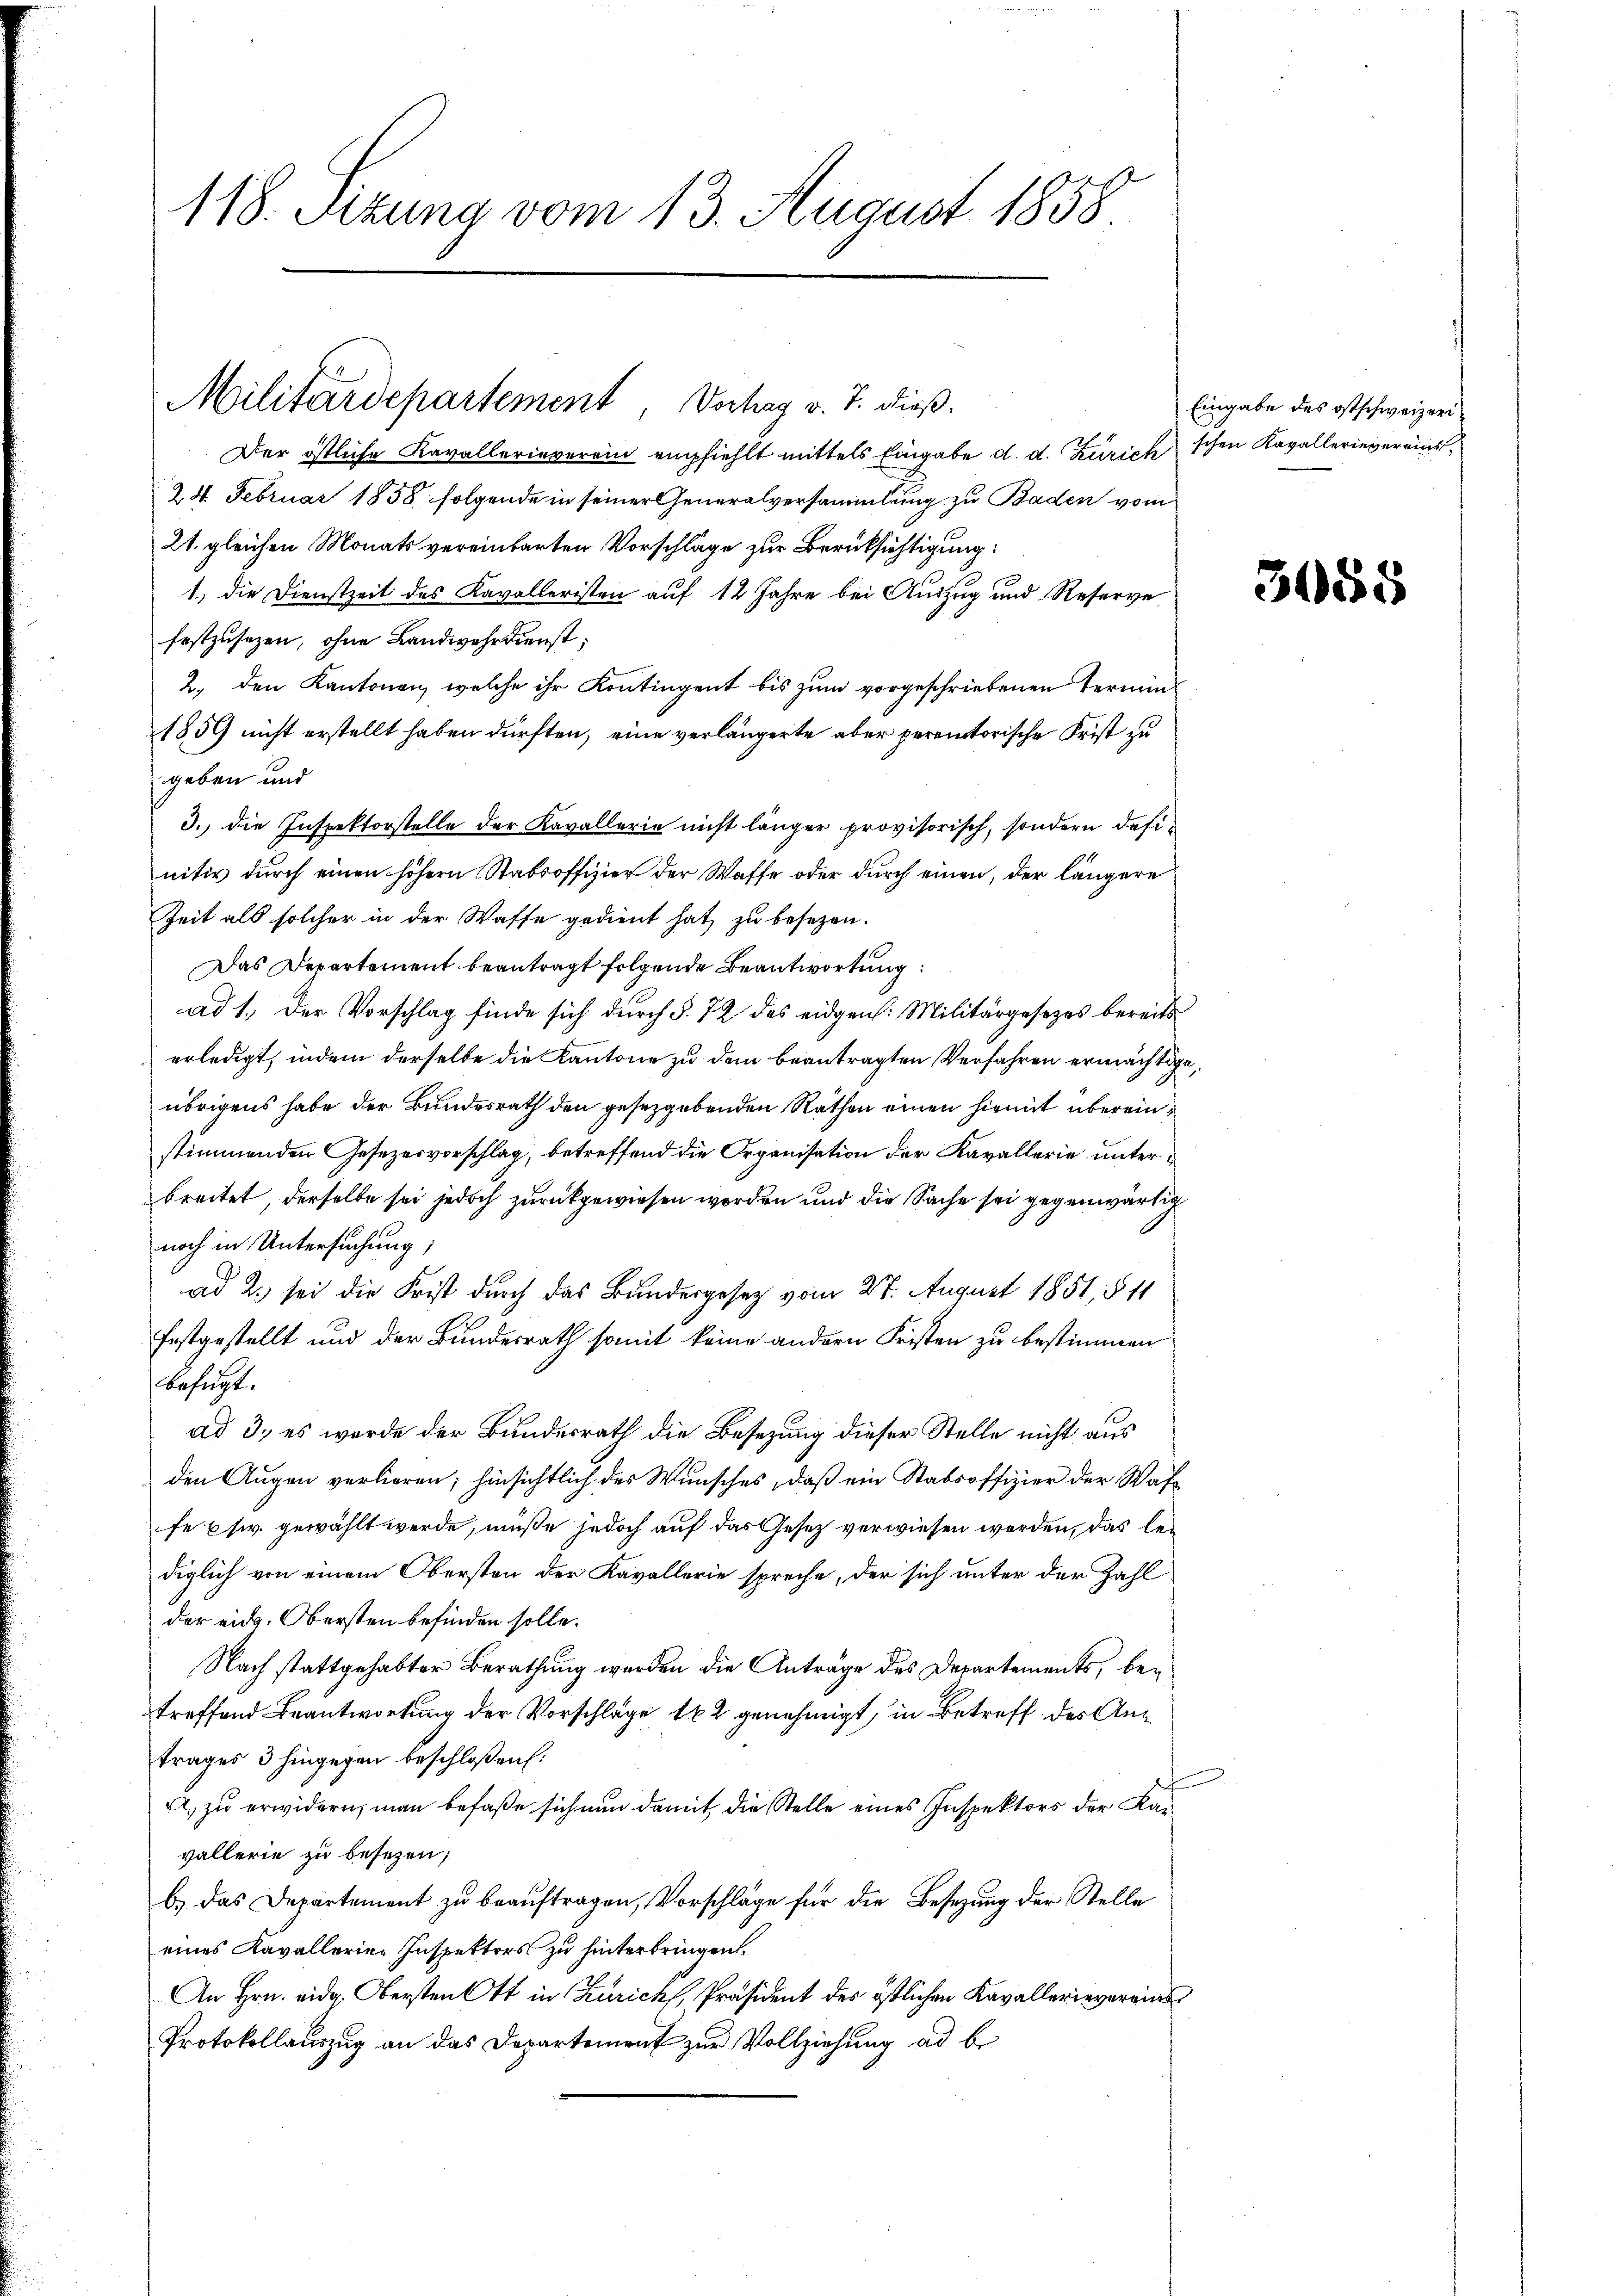
118. Sitzung vom 13. August 1858

Der östliche Kavallerieverein empfiehlt mittels Eingabe d. d. Zürich schen Kavallerievereins¬
24. Februar 1858 folgende in seiner Generalversammlung zu Baden vom
21. gleichen Monats vereinbarten Vorschläge zur Berüksichtigung:
1., die Dienstzeit des Kavalleristen auf 12 Jahre bei Auszug und Reserve
festzusezen, ohne Landwehrdienst;
2. den Kantonen, welche ihr Kontingent bis zum vorgeschriebenen Termin¬
1859 nicht erstellt haben dürften, eine verlängerte aber peremtorische Frist zu
geben und
3. die Inspektorstelle der Kavallerie nicht länger provisorisch, sondern definitiv durch einen höhern Stabsoffizier der Waffe oder durch einen, der längere
Zeit als solcher in der Waffe gedient hat zu besezen.
Das Departement beantragt folgende Beantwortung
ad 1., der Vorschlag finde sich durch §. 72 das eidgen. Militärgesetzes bereits
erledigt, indem derselbe die Kantone zu dem beantragten Verfahren ermächtige,
übrigens habe der Bundesrath den gesetzgebenden Rathen einen hiemit übereinstimmenden Gesezesvorschlag, betreffend die Organisation der Kavallerie unterbreitet, derselbe sei jedoch zurückgewiesen worden und die Sache sei gegenwärtig
noch in Untersuchung;
ad 2., sei die Frist durch das Bundergesetz vom 27. August 1851, § 11
festgestellt und der Bundesrath somit keine andern Fristen zu bestimmen
befugt.
ad 3., es werde der Bundesrath die Besezung dieser Stelle nicht aus
den Augen verlieren; hinsichtlich des Wunsches, daß ein Stabsoffizier der Waffe usw. gewählt werde, müße jedoch auf das Gesetz verwiesen werden, das lediglich von einem Obersten der Kavallerie spreche, der sich unter der Zahl
der eidg. Obersten befinden solle.
Nach stattgehabter Berathung werden die Anträge des Departements, bei
treffend Beantwortung der Vorschläge 182 genehmigt, in Betreff des Antrages 3 hingegen beschloßen:
A, zu erwidern; man befaße sich nun damit, die Stelle eines Inspektors der Kanvallerie zu besezen;
b.) Das Departement zu beauftragen, Vorschläge für die Besizung der Stelle
eines Kavallerien Inspektors zu hinterbringen.
An Hrn. eidg. Obersten Ott in Zürich, Präsident des östlichen Kavallerievereins
Protokollauszug an das Departement zur Vollziehung ad be

Militärdepartement, Vorhag v. J. dieß.

Eingabe des ostschweizeri¬

3085